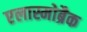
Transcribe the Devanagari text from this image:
एलास्मोब्रैक